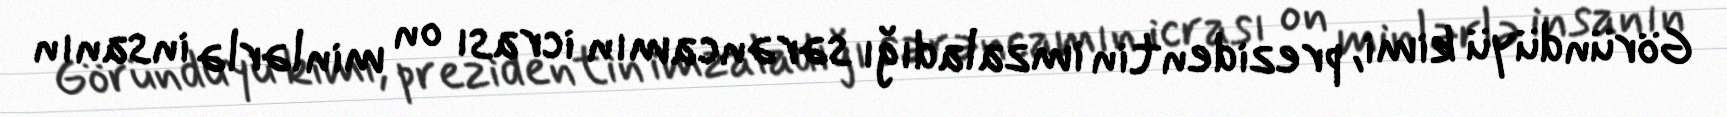
Göründüyü kimi, prezidentin imzaladığı sərəncamın icrası on minlərlə insanın